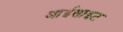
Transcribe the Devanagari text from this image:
आईसाइट